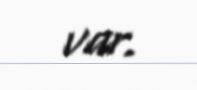
var.